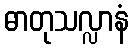
ဓာတုသလ္လာနံ